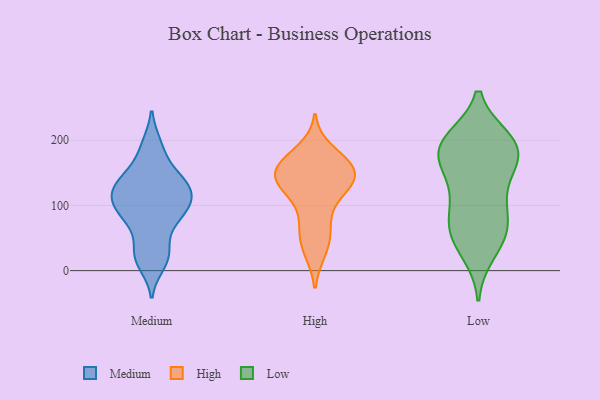
{"axis": {"x": "Customer Acquisition Cost (USD)", "y": "Value"}, "legend": ["High", "Low", "Medium"], "data": [{"x": "", "y": 26, "type": "Medium"}, {"x": "", "y": 192, "type": "Medium"}, {"x": "", "y": 71, "type": "Medium"}, {"x": "", "y": 89, "type": "Medium"}, {"x": "", "y": 99, "type": "Medium"}, {"x": "", "y": 102, "type": "Medium"}, {"x": "", "y": 131, "type": "Medium"}, {"x": "", "y": 113, "type": "Medium"}, {"x": "", "y": 137, "type": "Medium"}, {"x": "", "y": 11, "type": "Medium"}, {"x": "", "y": 22, "type": "Medium"}, {"x": "", "y": 90, "type": "Medium"}, {"x": "", "y": 133, "type": "Medium"}, {"x": "", "y": 114, "type": "Medium"}, {"x": "", "y": 121, "type": "Medium"}, {"x": "", "y": 28, "type": "Medium"}, {"x": "", "y": 187, "type": "Medium"}, {"x": "", "y": 138, "type": "Medium"}, {"x": "", "y": 152, "type": "Medium"}, {"x": "", "y": 78, "type": "Medium"}, {"x": "", "y": 125, "type": "High"}, {"x": "", "y": 164, "type": "High"}, {"x": "", "y": 138, "type": "High"}, {"x": "", "y": 32, "type": "High"}, {"x": "", "y": 153, "type": "High"}, {"x": "", "y": 124, "type": "High"}, {"x": "", "y": 112, "type": "High"}, {"x": "", "y": 56, "type": "High"}, {"x": "", "y": 70, "type": "High"}, {"x": "", "y": 148, "type": "High"}, {"x": "", "y": 160, "type": "High"}, {"x": "", "y": 184, "type": "High"}, {"x": "", "y": 136, "type": "High"}, {"x": "", "y": 71, "type": "High"}, {"x": "", "y": 133, "type": "High"}, {"x": "", "y": 30, "type": "High"}, {"x": "", "y": 172, "type": "High"}, {"x": "", "y": 158, "type": "High"}, {"x": "", "y": 158, "type": "High"}, {"x": "", "y": 191, "type": "Low"}, {"x": "", "y": 57, "type": "Low"}, {"x": "", "y": 163, "type": "Low"}, {"x": "", "y": 99, "type": "Low"}, {"x": "", "y": 191, "type": "Low"}, {"x": "", "y": 29, "type": "Low"}, {"x": "", "y": 59, "type": "Low"}, {"x": "", "y": 199, "type": "Low"}, {"x": "", "y": 52, "type": "Low"}, {"x": "", "y": 142, "type": "Low"}, {"x": "", "y": 185, "type": "Low"}, {"x": "", "y": 156, "type": "Low"}, {"x": "", "y": 104, "type": "Low"}, {"x": "", "y": 77, "type": "Low"}, {"x": "", "y": 188, "type": "Low"}, {"x": "", "y": 200, "type": "Low"}]}